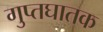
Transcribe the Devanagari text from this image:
गुप्तघातक